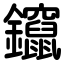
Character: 鑹